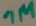
Text: 1M